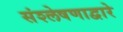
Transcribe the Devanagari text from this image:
संश्लेषणाद्वारे